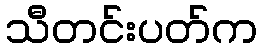
သီတင်းပတ်က